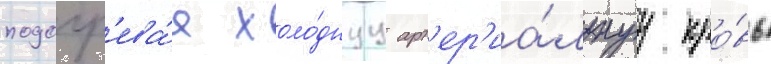
подогр'ева́я холо́днуу арт'ер'иа́льнуу кро́вь